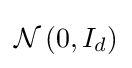
{\mathcal {N}}\left(0,I_{d}\right)